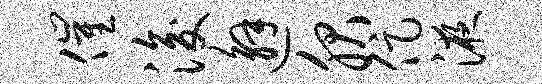
催浚邂服促液